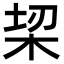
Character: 𣑧